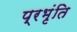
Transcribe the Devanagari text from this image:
प्रभृंति